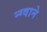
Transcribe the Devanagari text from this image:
न्ग्वाने